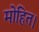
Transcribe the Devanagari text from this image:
मोहित।